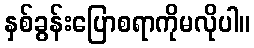
နှစ်ခွန်းပြောစရာကိုမလိုပါ။